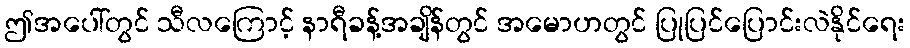
ဤအပေါ်တွင် သီလကြောင့် နာရီခန့်အချိန်တွင် အမောဟတွင် ပြုပြင်ပြောင်းလဲနိုင်ရေး